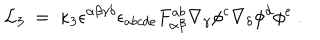
LaTeX: { \cal L } _ { 3 } ~ = ~ \kappa _ { 3 } \epsilon ^ { \alpha \beta \gamma \delta } \epsilon _ { a b c d e } F _ { \alpha \beta } ^ { a b } \nabla _ { \gamma } \phi ^ { c } \nabla _ { \delta } \phi ^ { d } \phi ^ { e } ~ .